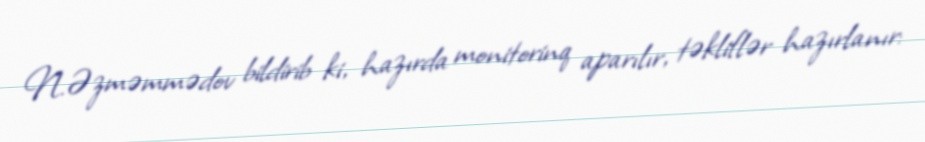
N.Əzməmmədov bildirib ki, hazırda monitorinq aparılır, təkliflər hazırlanır: